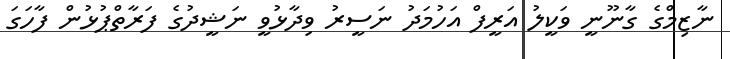
ނާޒިމްގެ ގާނޫނީ ވަކީލު އަރީފް އަހުމަދު ނަސީރު ވިދާޅުވީ ނަޝީދުގެ ފަރާތްޕުޅުން ފާހަގަ